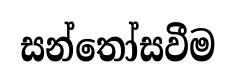
සන්තෝසවීම